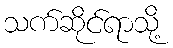
သက်ဆိုင်ရာသို့